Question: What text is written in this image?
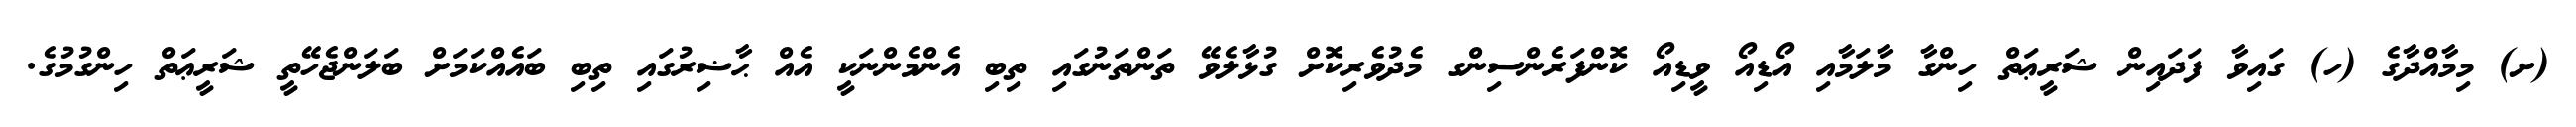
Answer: (ށ) މިމާއްދާގެ (ހ) ގައިވާ ފަދައިން ޝަރީޢަތް ހިންގާ މާލަމާއި އޯޑިއޯ ވީޑިއޯ ކޮންފަރެންސިންގ މެދުވެރިކޮށް ގުޅާލެވޭ ތަންތަނުގައި ތިބި އެންމެންނަކީ އެއް ޙާޟިރުގައި ތިބި ބައެއްކަމަށް ބަލަންޖެހޭތީ ޝަރީޢަތް ހިންގުމުގެ.